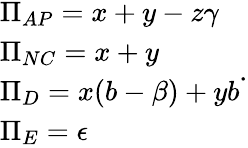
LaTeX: \begin{array}{l}{\Pi_{AP}=x+y-z\gamma}\\ {\Pi_{NC}=x+y}\\ {\Pi_{D}=x(b-\beta)+yb}\\ {\Pi_{E}=\epsilon}\end{array}.